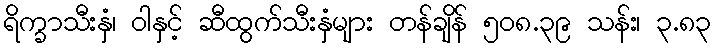
ရိက္ခာသီးနှံ၊ ဝါနှင့် ဆီထွက်သီးနှံများ တန်ချိန် ၅၀၈.၃၉ သန်း၊ ၃.၈၃